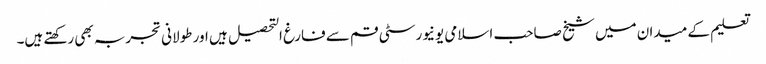
تعلیم کے میدان میں شیخ صاحب اسلامی یونیورسٹی قم سے فارغ التحصیل ہیں اور طولانی تجربہ بھی رکھتے ہیں۔